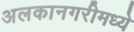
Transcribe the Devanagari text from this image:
अलकानगरीमध्ये